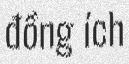
đồng ích